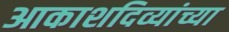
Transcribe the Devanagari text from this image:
आकाशदिव्यांच्या